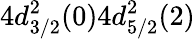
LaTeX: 4d_{3/2}^{2}(0)4d_{5/2}^{2}(2)